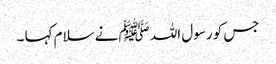
جس کو رسول اللہ ﷺ نے سلام کہا ۔